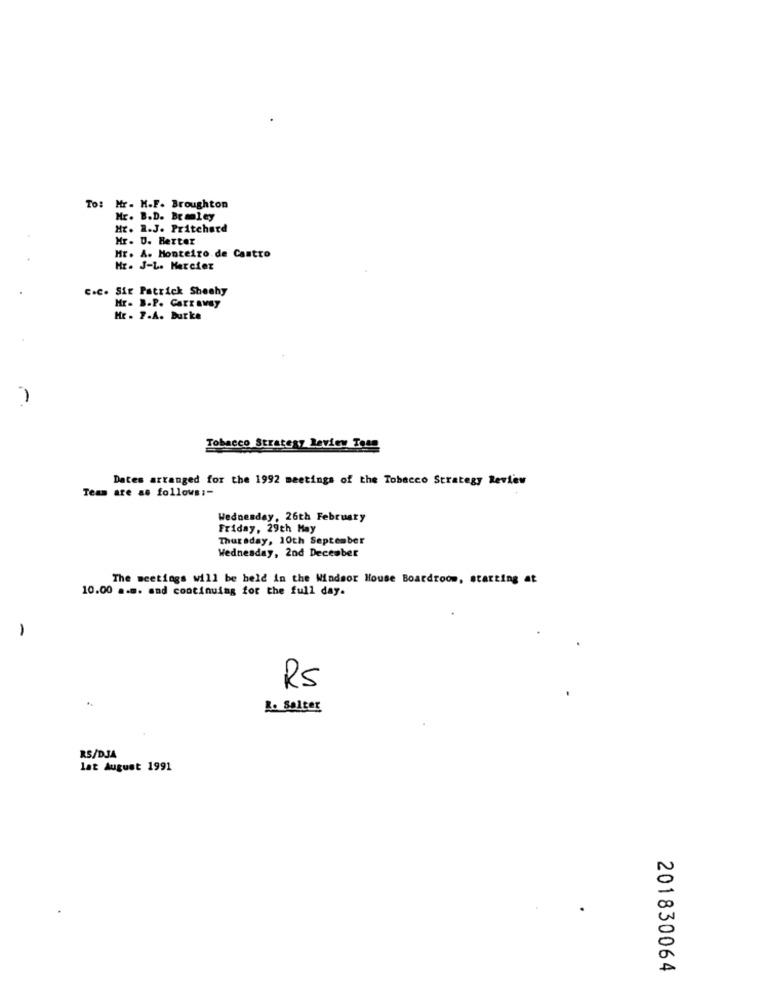
To:
Mr. H.F. Broughton
Mr. B.D. Bramley
Hr. R.J. Pritchard
Mr. U. Better
Hr. A. Monteiro de Castro
Hr. J-L. Mercier
C.c. Sir Patrick Sheehy
Mr. B.P. Carraway
Hr . 7.A. Burke
Tobacco Strategy Review Tous
Dates arranged for the 1992 meetings of the Tobacco Strategy Review
Team are as follows :-
Wednesday, 26th February
Friday, 29th May
Thursday, 10th September
Wednesday, 2nd December
The meetings will be held in the Windsor House Boardroom, starting at
10.00 a.m. and continuing for the full day.
-
RS
R. Solter
RS/DJA
lat August 1991
201830064